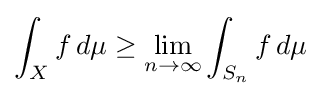
\int _{X}{f\,d\mu }\geq \lim _{n\to \infty }{\int _{S_{n}}{f\,d\mu }}